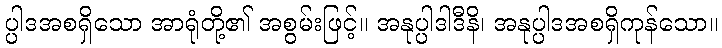
ပ္ပါဒအစရှိသော အာရုံတို့၏ အစွမ်းဖြင့်။ အနုပ္ပါဒါဒီနိ၊ အနုပ္ပါဒအစရှိကုန်သော။